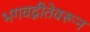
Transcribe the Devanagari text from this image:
भगवद्गीतेवरून